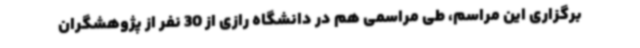
برگزاری این مراسم، طی مراسمی هم در دانشگاه رازی از 30 نفر از پژوهشگران